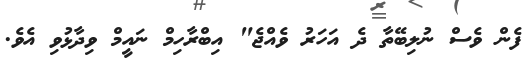
ފެން ވެސް ނުލިބޭތާ ދެ އަހަރު ވެއްޖެ" އިބްރާހިމް ނައީމް ވިދާޅުވި އެވެ.